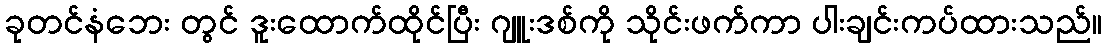
ခုတင်နံဘေး တွင် ဒူးထောက်ထိုင်ပြီး ဂျူးဒစ်ကို သိုင်းဖက်ကာ ပါးချင်းကပ်ထားသည်။